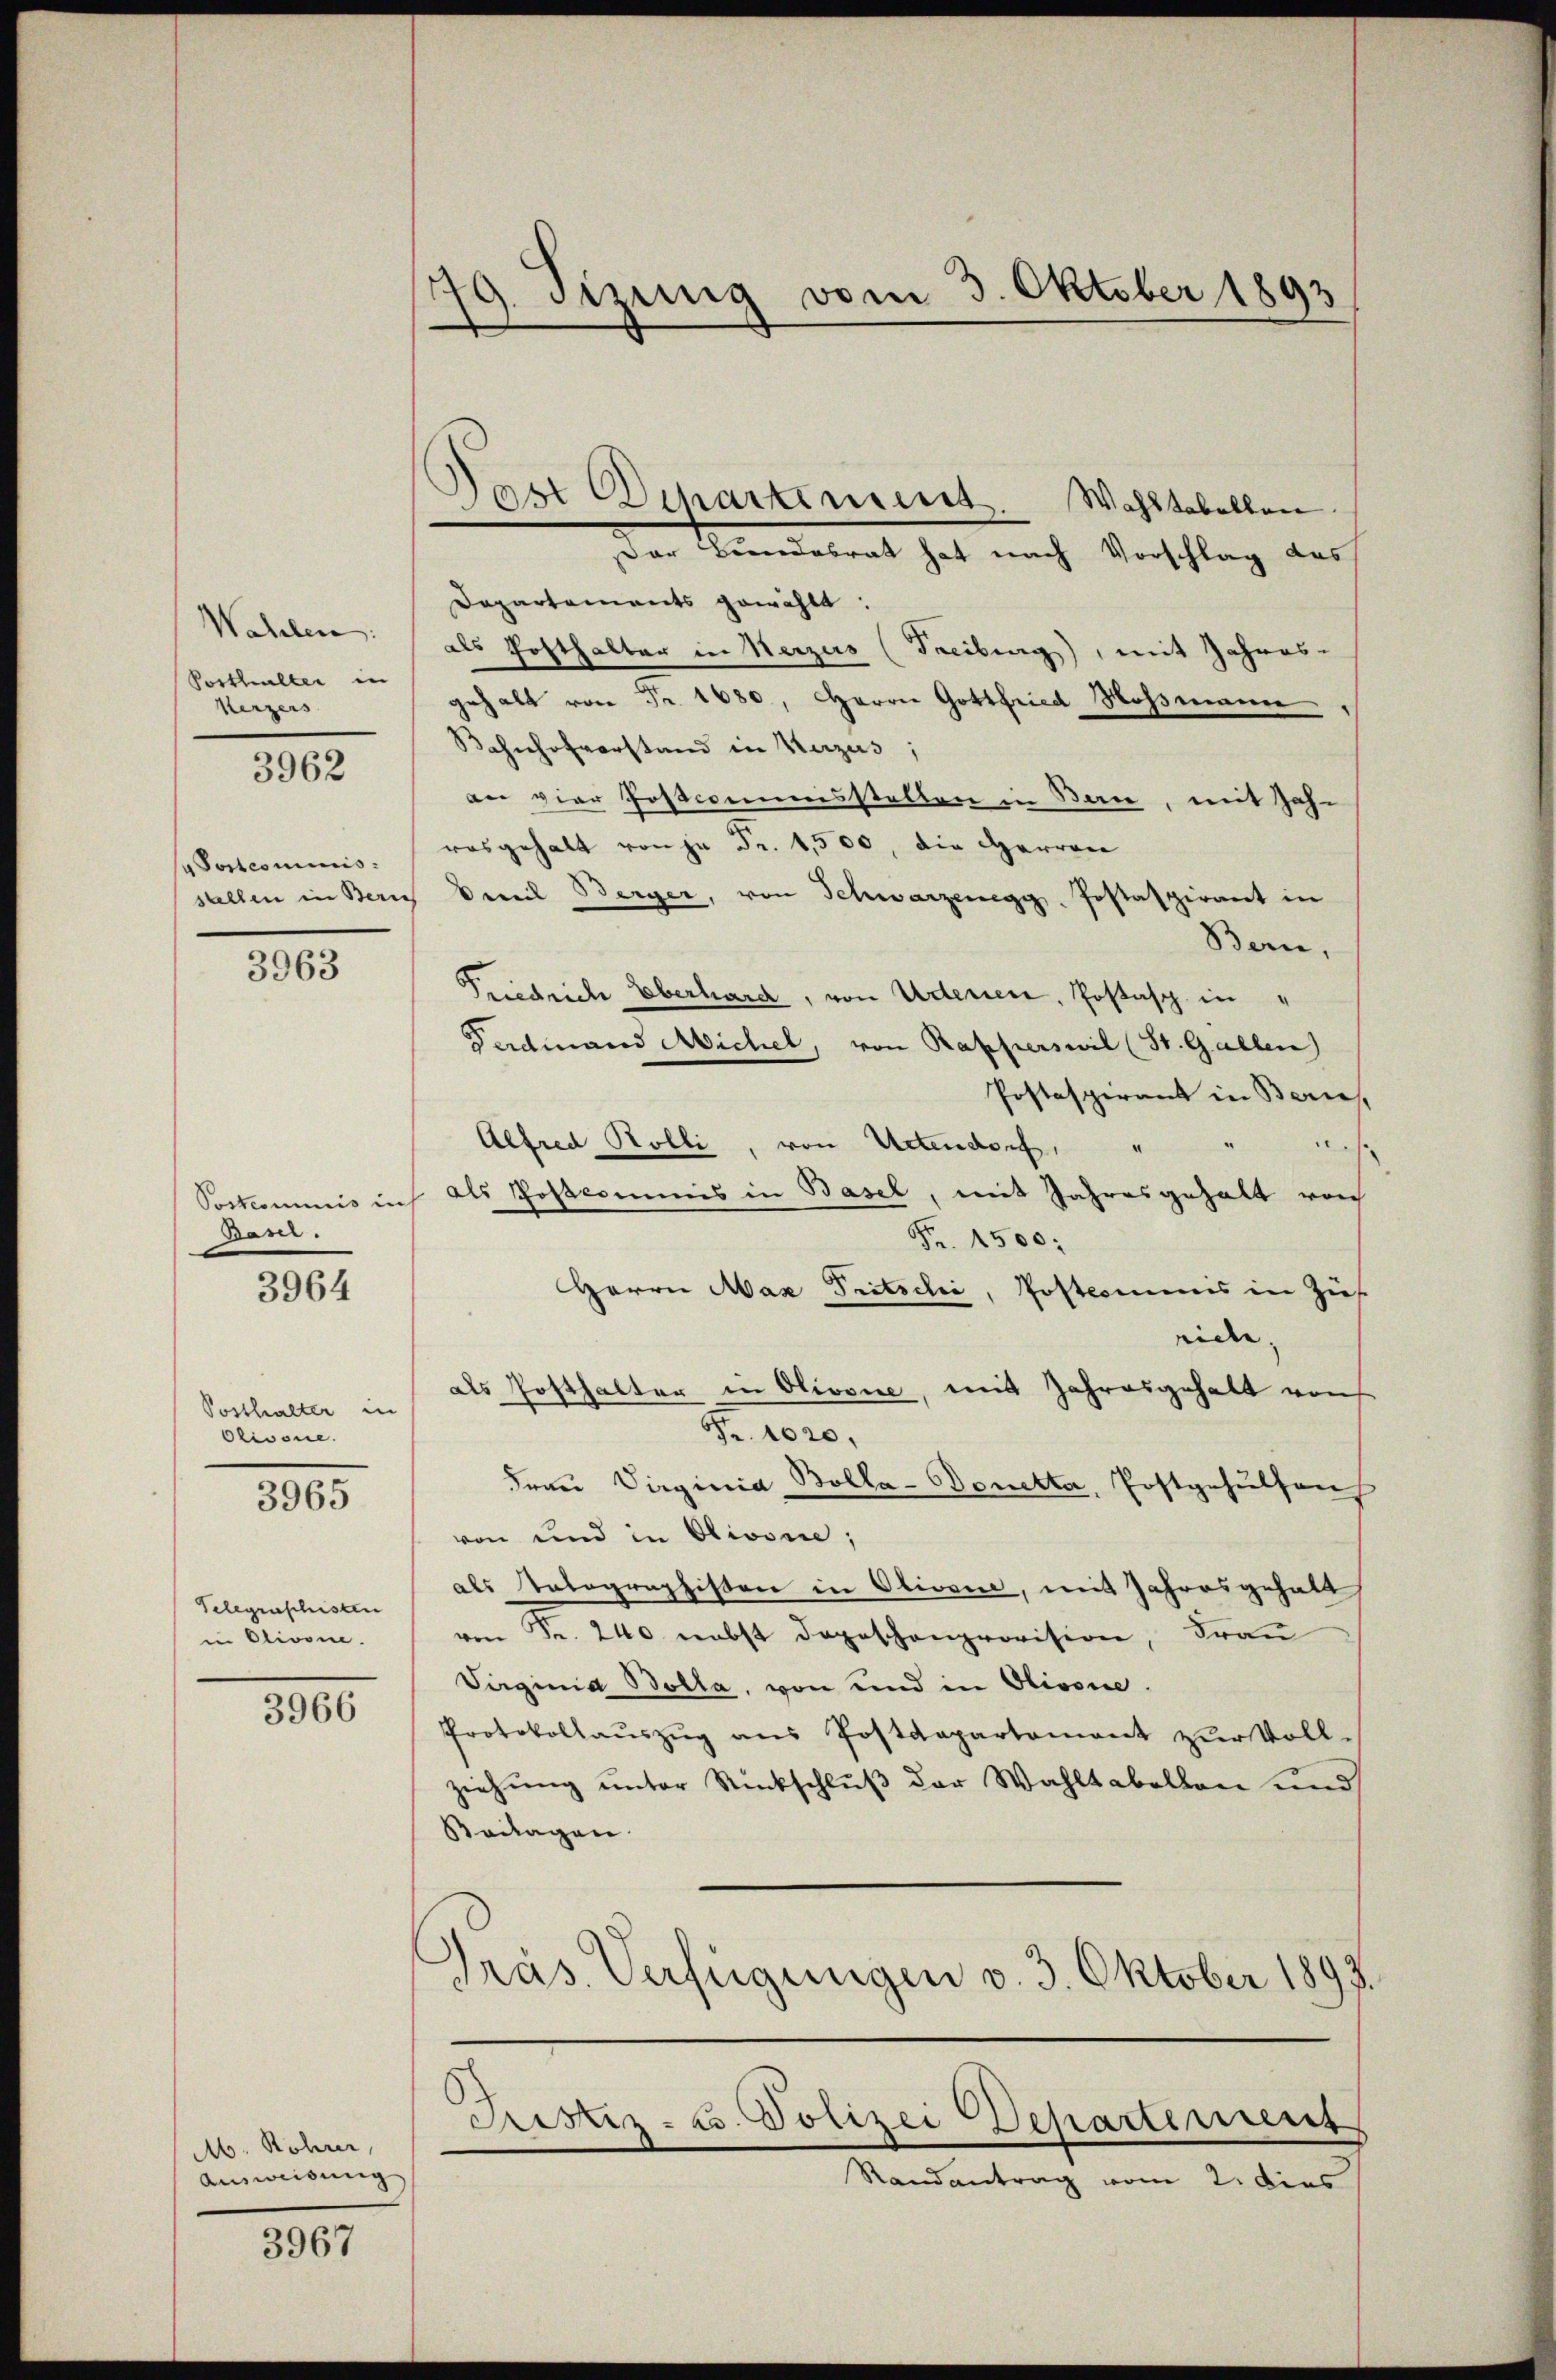
Wahlen:
Vorthalter in
Kerzers

3962

/ Postcommis
sallen in Bern

3963

Postcommis ich
Bani.

3964

Posthalter in
Olivone.

3965

Telegraschisten
in Olivone.

3966

Ab. Rohrer,
Ausweisung

3967

79. Dezung vom 3. Oktober 1893

Last Departement. Wahltabellen.

Der Bundesrat hat nach Vorschlag das
Dapartements gewählt:
als Posthalter in Weizers (Freiburg), mit Jahres-
gehalt von Fr. 1680, Herrn Gottfried Mossmann,
Bahnhofvorstand in Verzus;
an vier Jostcommisstellen in Bau, mit Zah-
rosgehalt von je Fr. 1,500, die Herren
mil Berger, von Schwarzenegg Postaspirant in
Bern,
Friedrich Oberhard, von Usterien, Postasch in
Ferdinand Michel, von Rapperswil (St. Gallen)
Postaspirant in Beric
Alfred Bolli, von Uetendorf,
s
als Postkommis in Basel, mit Jahresgehalt von
Fr. 1500;
Herrn Max Pritschi, Postmins in Zü
ridee. |
als Posthalter in Olivone, mit Jahresgehalt von
Fr. 1020.
Frau Virginia Bolla-Donetta, Postgehülfen
von und in Olivone;
als Natographisten in Olivone, mit Jahresgehalt
von Fr. 240 nebst Depeschenprovision, Frau
Virginia Bolla, von und in Olivone.
Protokollaŭszŭg ans Postdepartamant zŭr Voll-
ziehung unter Rückschluß der Wahltabellen und
Beilagen.
Präs. Verfügungen v. 3. Oktober 1897
Fristiz- u. Polizei Departement
Randantrag vom 2. dies